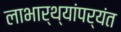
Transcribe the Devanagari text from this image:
लाभार्थ्यांपर्यंत